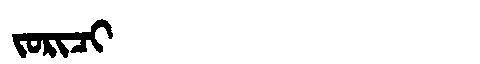
Manchu: ᠵᠣᡵᡳᠴᡳ
Romanization: JORICI